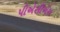
પીએસીએસ